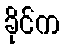
ခိုင်က